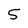
Character: 5